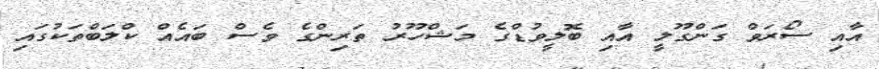
އާއި ސޯރަވް ގަންގޫލީ އާއި ބޮލީވުޑްގެ މަޝްހޫރު ތަރިންގެ ވެސް ބައެއް ކްލަބްތަކުގައި